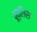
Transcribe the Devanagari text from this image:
वूद्लिस